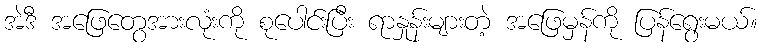
အဲဒီ အဖြေတွေအားလုံးကို စုပေါင်းပြီး ရာနှုန်းများတဲ့ အဖြေမှန်ကို ပြန်ရွေးမယ်။